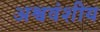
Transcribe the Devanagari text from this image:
अश्ववंशीय